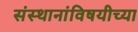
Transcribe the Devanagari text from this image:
संस्थानांविषयीच्या